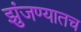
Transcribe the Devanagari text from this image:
झुंजण्यातच